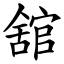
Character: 舘